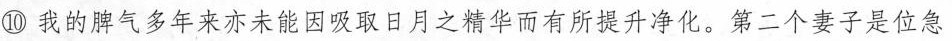
⑩我的脾气多年来亦未能因吸取日月之华有所提升净化，第二个妻子是位急